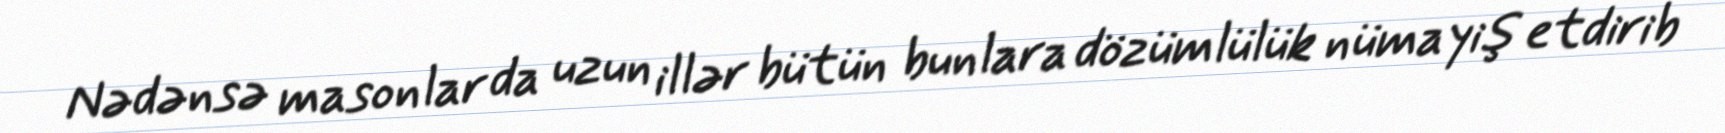
Nədənsə masonlar da uzun illər bütün bunlara dözümlülük nümayiş etdirib